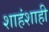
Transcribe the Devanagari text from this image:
शाहंशाही